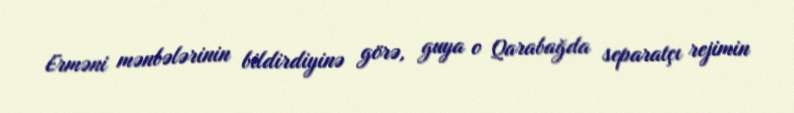
Erməni mənbələrinin bildirdiyinə görə, guya o Qarabağda separatçı rejimin